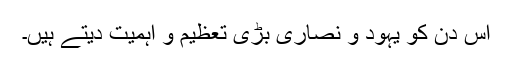
اس دن کو یہود و نصاریٰ بڑی تعظیم و اہمیت دیتے ہیں۔